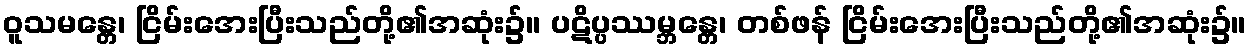
ဝူသမန္တေ၊ ငြိမ်းအေးပြီးသည်တို့၏အဆုံး၌။ ပဋိပ္ပဿမ္ဘန္တေ၊ တစ်ဖန် ငြိမ်းအေးပြီးသည်တို့၏အဆုံး၌။